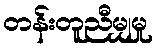
တန်းတူညီမျှမှု